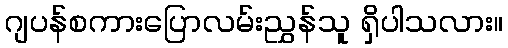
ဂျပန်စကားပြောလမ်းညွှန်သူ ရှိပါသလား။